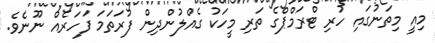
މިއީ މިތަނުގައި ހުރި ޓްރަމްޕްގެ ތަރި މީހަކު ގެއްލުންދިން ފުރަތަމަ ފަހަރެއް ނޫނެވެ.